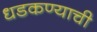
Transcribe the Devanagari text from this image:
धडकण्याची